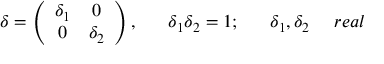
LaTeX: \delta = \left( \begin{array} { c c } { { \delta _ { 1 } } } & { { 0 } } \\ { { 0 } } & { { \delta _ { 2 } } } \end{array} \right) , ~ ~ ~ ~ ~ \delta _ { 1 } \delta _ { 2 } = 1 ; ~ ~ ~ ~ ~ \delta _ { 1 } , \delta _ { 2 } ~ ~ ~ ~ r e a l